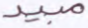
مبيد